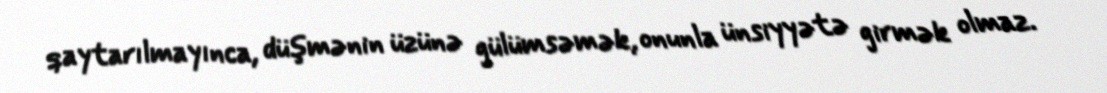
qaytarılmayınca, düşmənin üzünə gülümsəmək, onunla ünsiyyətə girmək olmaz.